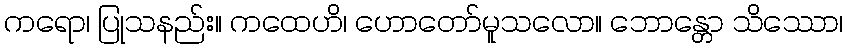
ကရော၊ ပြုသနည်း။ ကထေဟိ၊ ဟောတော်မူသလော။ ဘောန္တော သိဿော၊